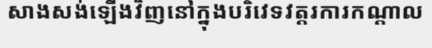
សាងសង់ឡើងវិញនៅក្នុងបរិវេទវត្តរការកណ្តាល